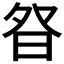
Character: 𭼿